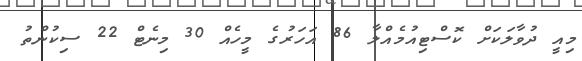
މިއީ ދުވާލަކަށް ކޮސްޓިއުމެއްލާ 86 އަހަރުގެ މީހެއް 30 މިނެޓް 22 ސިކުންތު